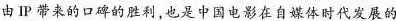
由IP带来的口碑的胜利,也是中国电影在自媒体时代发展的